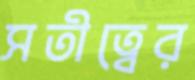
সতীত্বের